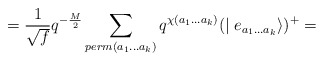
\begin{align*}= \frac {1}{\sqrt {f}} q^{-\frac {M}{2}} \sum _{perm(a_{1}...a_{k})}q^{\chi(a_{1}...a_{k})} (\mid e_{a_{1}...a_{k}}\rangle)^{+}=\end{align*}